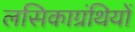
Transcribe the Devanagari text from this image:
लसिकाग्रंथियों